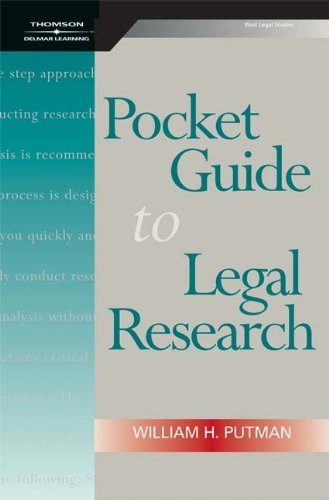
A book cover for Pocket Guide to Legal Research; William H. Putman; Law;